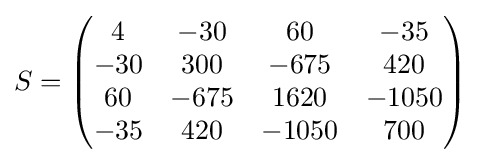
S={\begin{pmatrix}4&-30&60&-35\\-30&300&-675&420\\60&-675&1620&-1050\\-35&420&-1050&700\end{pmatrix}}